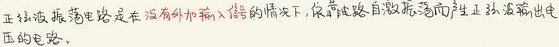
正弦波振荡电路是在没有外加输入信号的情况下，依靠电路自激振荡而产生正弦波输出电压的电路。